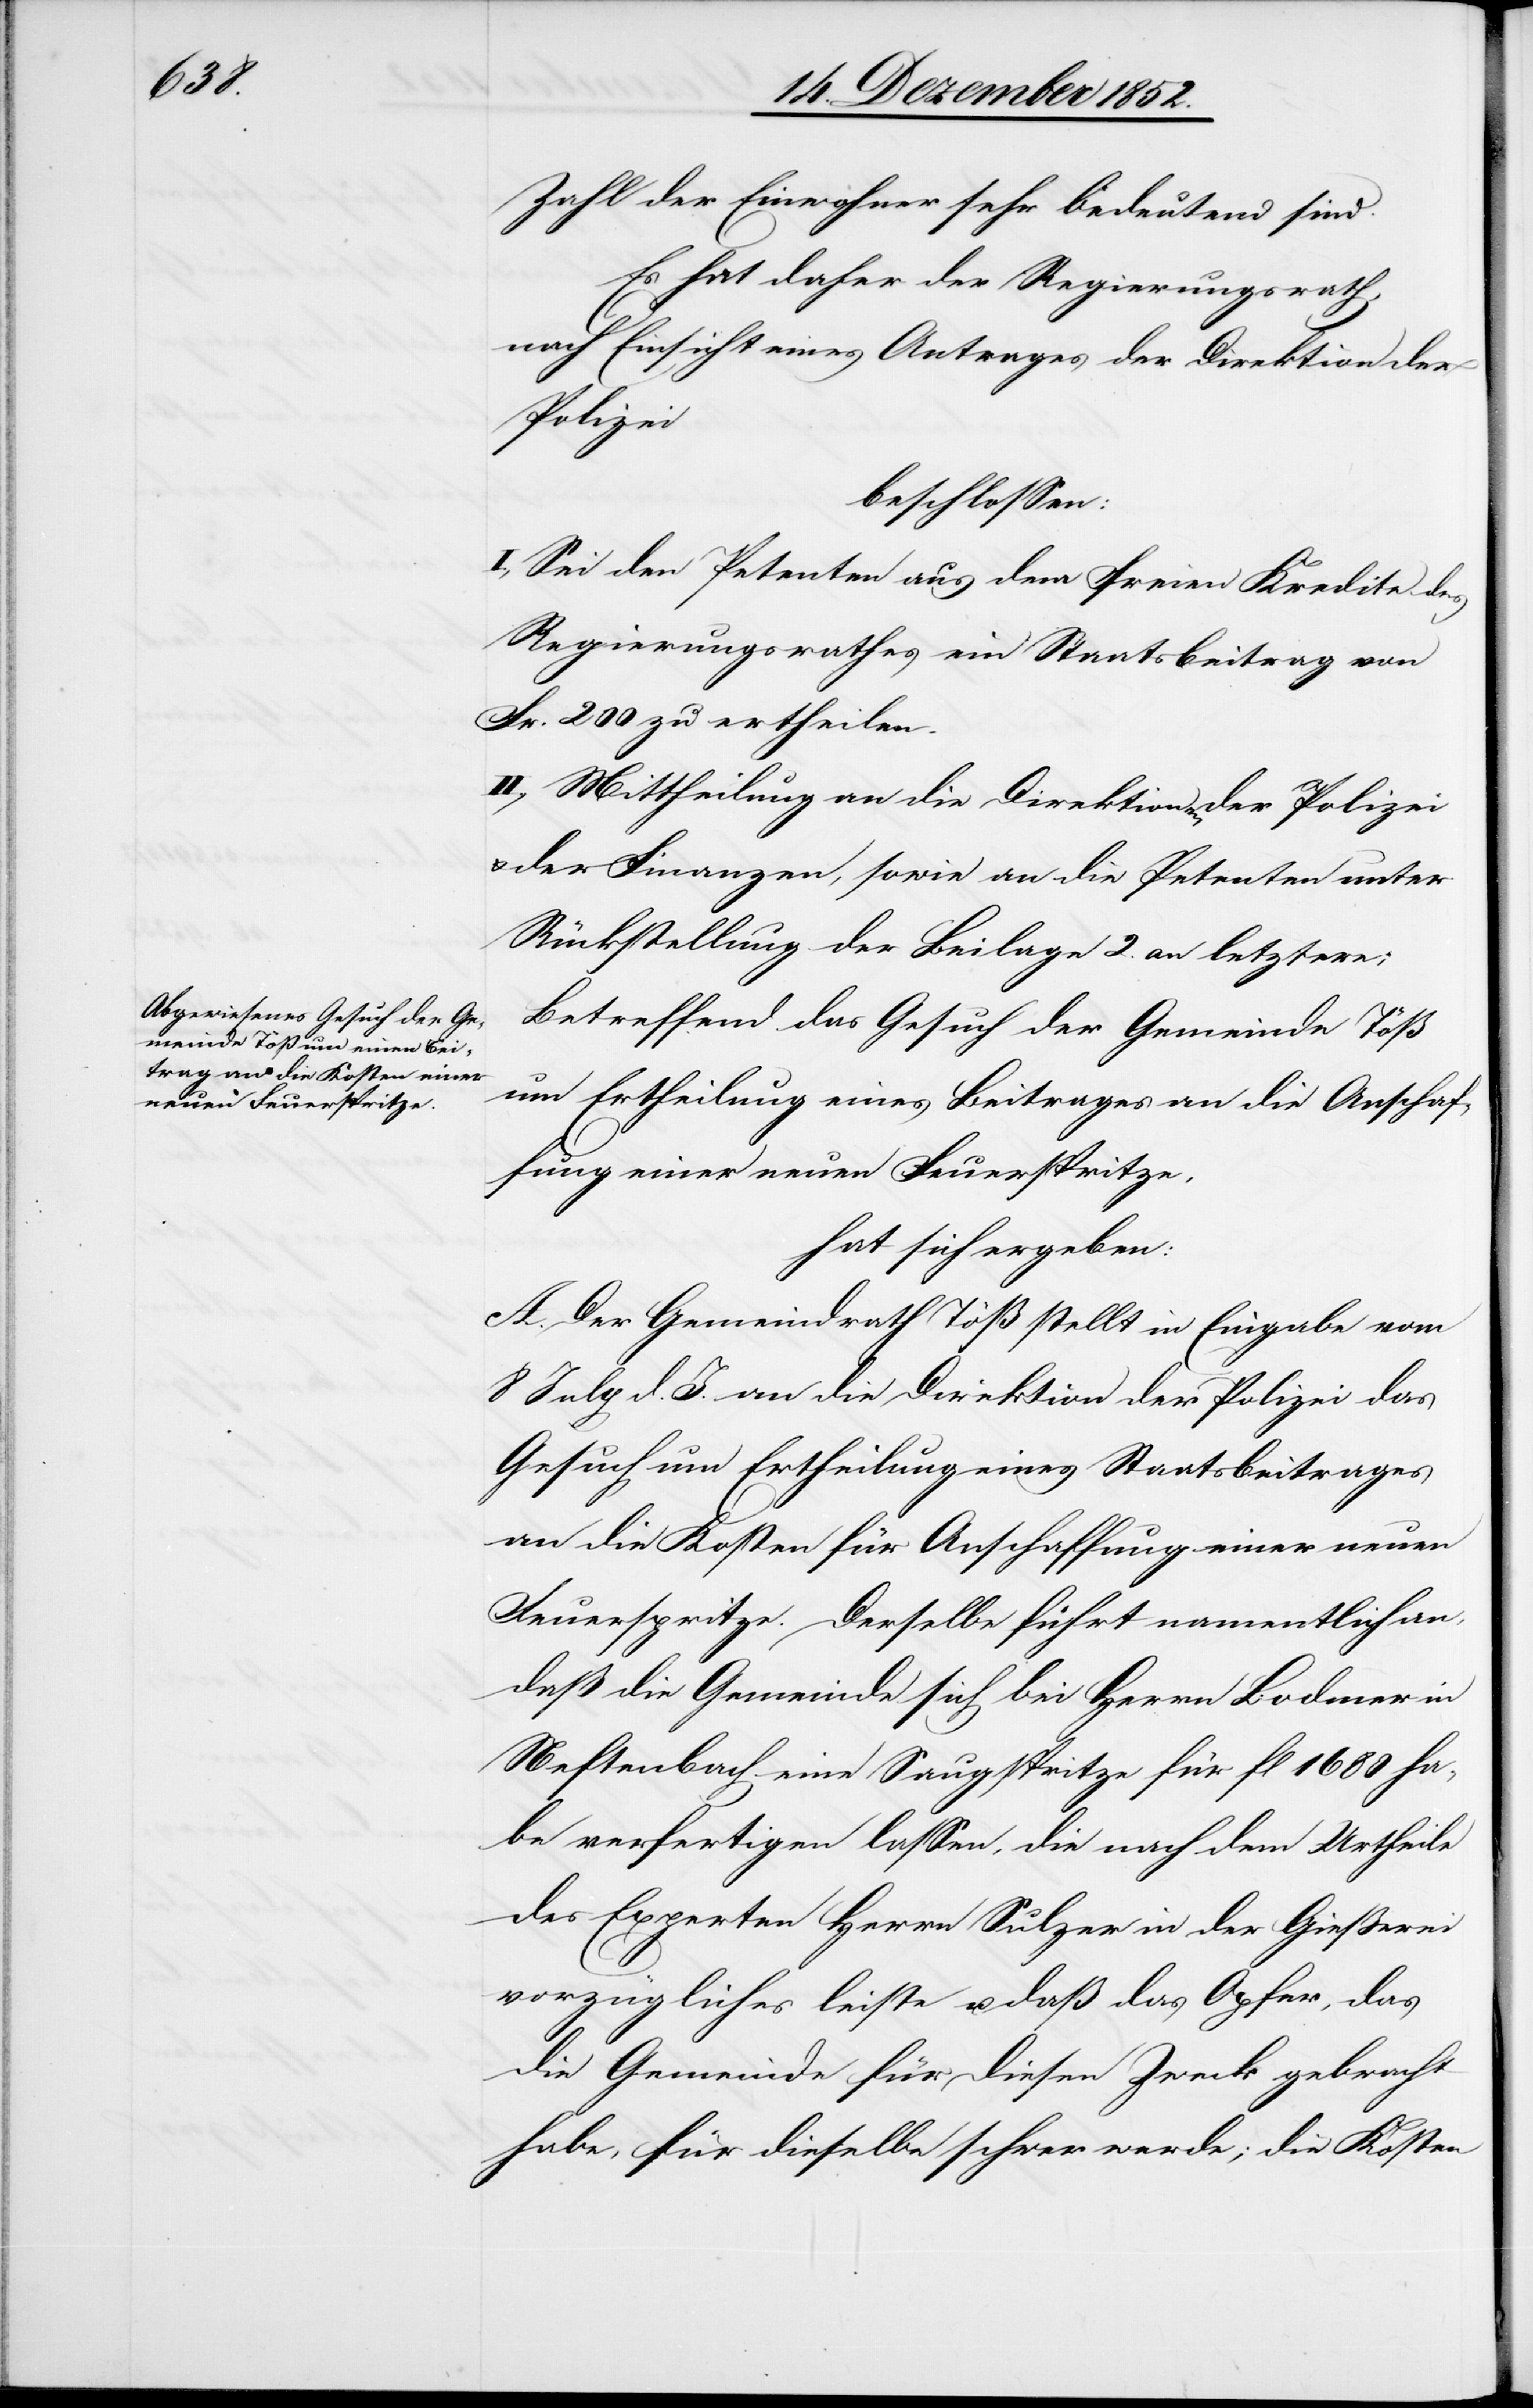
Zahl der Einwohner sehr bedeutend sind.
Es hat daher der Regierungsrath,
nach Einsicht eines Antrages der Direktion der
Polizei
beschlossen:
I, Sei den Petenten aus dem freien Kredite des
Regierungsrathes ein Staatsbeitrag von
Fr. 200 zu ertheilen.
II., Mittheilung an die Direktionen der Polizei
& der Finanzen, sowie an die Petenten unter
Rückstellung der Beilage 2. an letztere;
Betreffend das Gesuch der Gemeinde Töß
um Ertheilung eines Beitrages an die Anschaf¬
fung einer neuen Feuerspritze,
hat sich ergeben:
A. Der Gemeindrath Töß stellt in Eingabe vom
8 July d. J. an die Direktion der Polizei das
Gesuch um Ertheilung eines Staatsbeitrages
an die Kosten für Anschaffung einer neuen
Feuerspritze. Derselbe führt namentlich an,
daß die Gemeinde sich bei Herrn Bodmer in
Neftenbach eine Saugspritze für fl 1680 ha¬
be verfertigen lassen, die nach dem Urtheile
des Experten Herrn Sulzer in der Gießerei
vorzügliches leiste u. daß das Opfer, das
die Gemeinde für diesen Zweck gebracht
habe, für dieselbe schwer werde; die Kosten